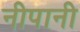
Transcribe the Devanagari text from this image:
नीपानी